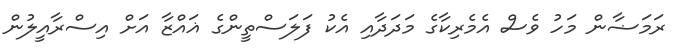
ރަމަޟާން މަހު ވެސް އެމެރިކާގެ މަދަދާއި އެކު ފަލަސްތީންގެ ޣައްޒާ އަށް އިސްރާއީލުން